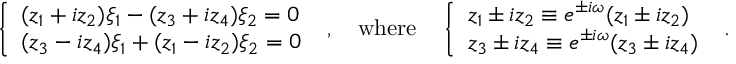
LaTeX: \left\{ \begin{array} { l } { { ( z _ { 1 } + i z _ { 2 } ) \xi _ { 1 } - ( z _ { 3 } + i z _ { 4 } ) \xi _ { 2 } = 0 } } \\ { { ( z _ { 3 } - i z _ { 4 } ) \xi _ { 1 } + ( z _ { 1 } - i z _ { 2 } ) \xi _ { 2 } = 0 } } \end{array} \right. ~ , \quad \mathrm { w h e r e } \quad \left\{ \begin{array} { l } { { z _ { 1 } \pm i z _ { 2 } \equiv e ^ { \pm i \omega } ( z _ { 1 } \pm i z _ { 2 } ) } } \\ { { z _ { 3 } \pm i z _ { 4 } \equiv e ^ { \pm i \omega } ( z _ { 3 } \pm i z _ { 4 } ) } } \end{array} \right. ~ .